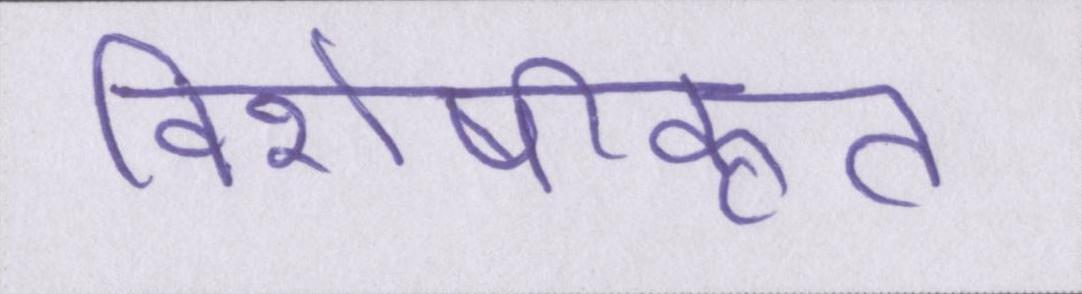
विशेषीकृत